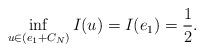
LaTeX: \begin{align*}\inf_{u\in\left( e_{1}+C_{N}\right)}I(u)=I(e_{1}) =\frac{1}{2}.\end{align*}